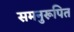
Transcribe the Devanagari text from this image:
समनुरूपित